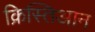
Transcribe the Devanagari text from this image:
क्रिस्तिआन